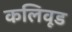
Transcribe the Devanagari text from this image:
कलिवूड